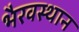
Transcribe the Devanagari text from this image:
भैरवस्थान